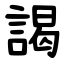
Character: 謁